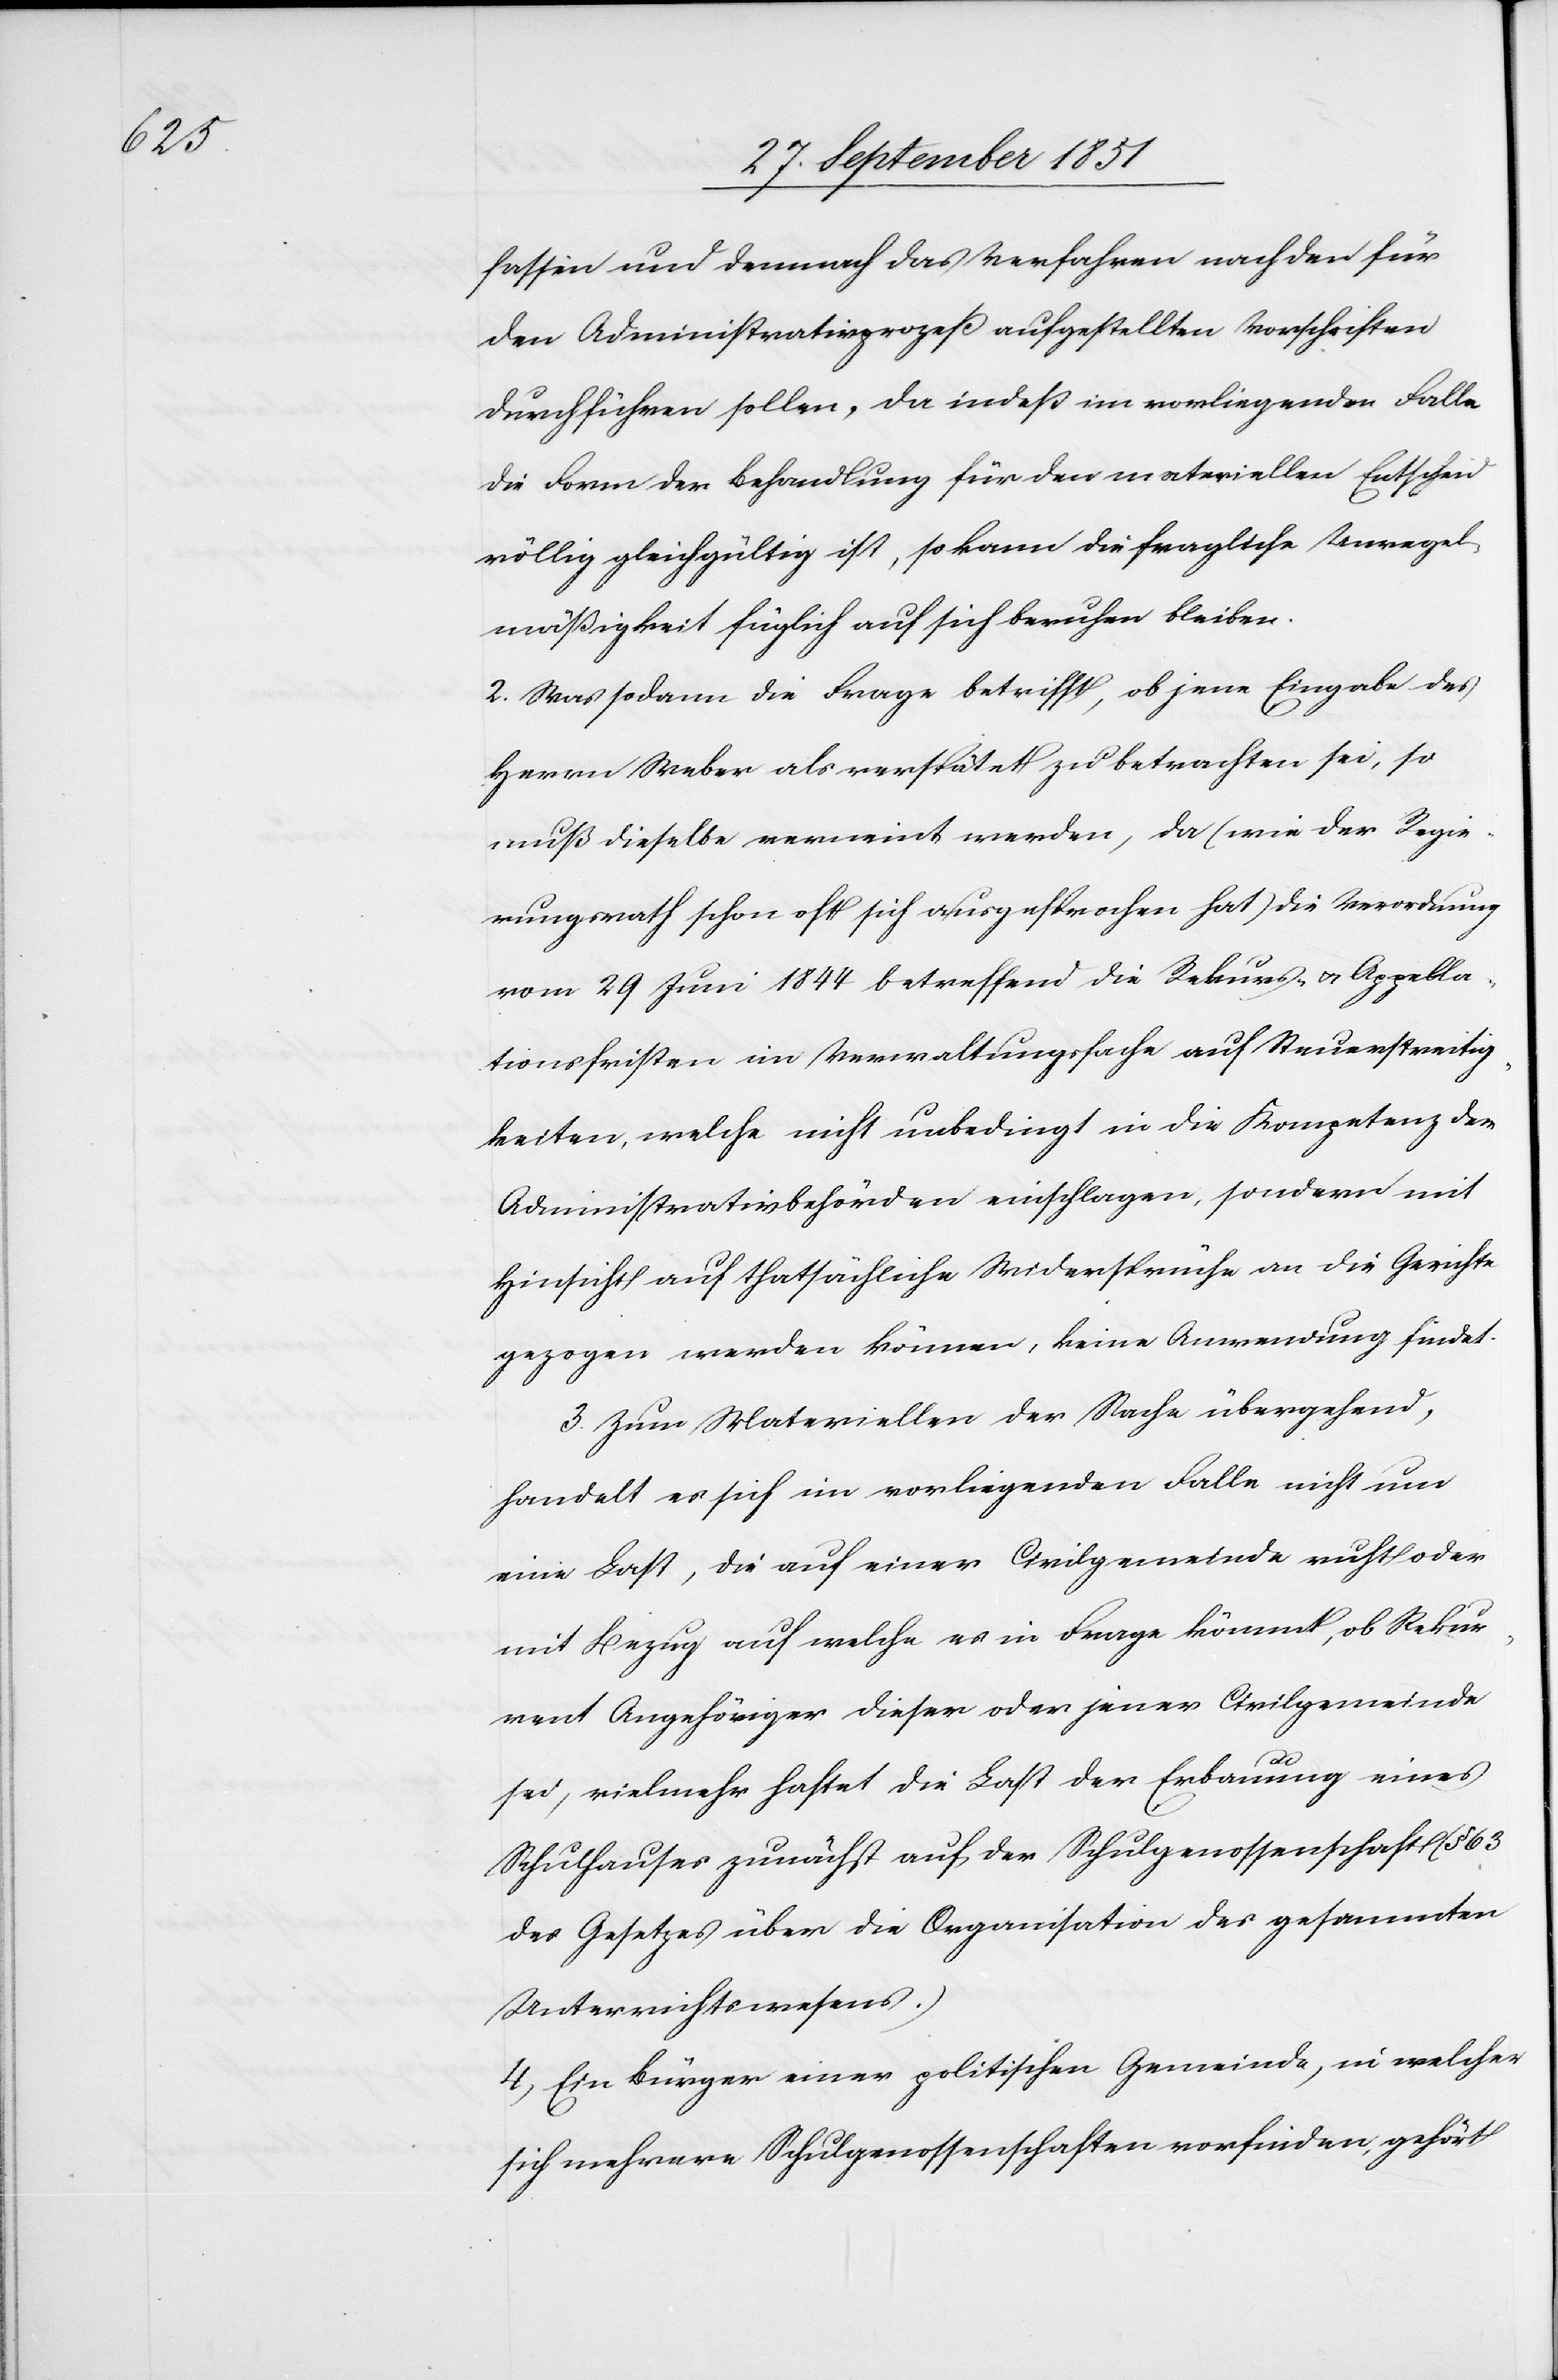
fassen und demnach das Verfahren nach den für
den Administrativprozeß aufgestellten Vorschriften
durchführen sollen, da indeß im vorliegenden Falle
die Form der Behandlung für den materiellen Entscheid
völlig gleichgültig ist, so kann die fragliche Unregel¬
mäßigkeit füglich auf sich beruhen bleiben.
2. Was sodann die Frage betrifft, ob jene Eingabe des
Herrn Weber als verspätet zu betrachten sei, so
muß dieselbe verneint werden, da (wie der Regie¬
rungsrath schon oft sich ausgesprochen hat) die Verordnung
vom 29 Juni 1844 betreffend die Rekurs- & Appella¬
tionsfristen im Verwaltungsfache auf Steuerstreitig¬
keiten, welche nicht unbedingt in die Kompetenz der
Administrativbehörden einschlagen, sondern mit
Hinsicht auf thatsächliche Widersprüche an die Gerichte
gezogen werden können, keine Anwendung findet.
3. Zum Materiellen der Sache übergehend,
handelt es sich im vorliegenden Falle nicht um
eine Last, die auf einer Civilgemeinde ruht oder
mit Bezug auf welche es in Frage kömmt, ob Rekur¬
rent Angehöriger dieser oder jener Civilgemeinde
sei, vielmehr haftet die Last der Erbauung eines
Schulhauses zunächst auf der Schulgenossenschaft (§ 63
des Gesetzes über die Organisation des gesammten
Unterrichtswesens.)
4) Ein Bürger einer politischen Gemeinde, in welcher
sich mehrere Schulgenossenschaften vorfinden, gehört